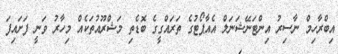
އިބްރާހިމް ނާސިރު އިންޓަނޭޝަނަލް އެއާޕޯޓުގެ ތަރައްގީގެ ބޮޑެތި މަޝްރޫއުތަކެއް މިހާރު ވަނީ ފަށައިފަ